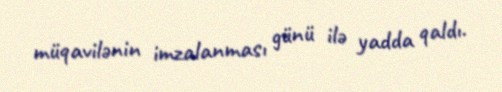
müqavilənin imzalanması günü ilə yadda qaldı.